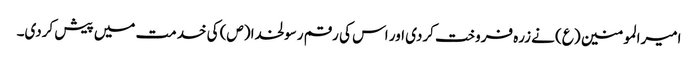
امیرالمومنین (ع) نے زرہ فروخت کردی اور اس کی رقم رسولخدا (ص) کی خدمت میں پیش کردی۔